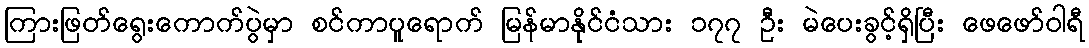
ကြားဖြတ်ရွေးကောက်ပွဲမှာ စင်ကာပူရောက် မြန်မာနိုင်ငံသား ၁၇၇ ဦး မဲပေးခွင့်ရှိပြီး ဖေဖော်ဝါရီ